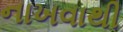
નાખવાથી